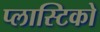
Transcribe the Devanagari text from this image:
प्लास्टिको